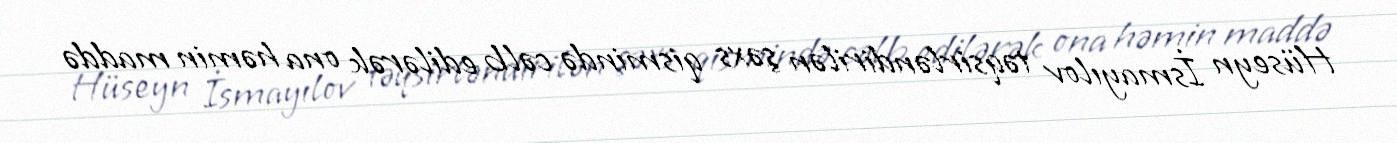
Hüseyn İsmayılov təqsirləndirilən şəxs qismində cəlb edilərək ona həmin maddə